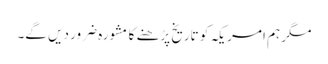
مگر ہم امریکہ کو تاریخ پڑھنے کا مشورہ ضرور دیں گے۔